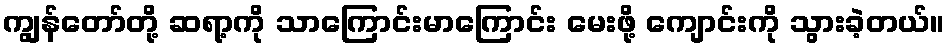
ကျွန်တော်တို့ ဆရာ့ကို သာကြောင်းမာကြောင်း မေးဖို့ ကျောင်းကို သွားခဲ့တယ်။